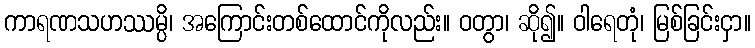
ကာရဏသဟဿမ္ပိ၊ အကြောင်းတစ်ထောင်ကိုလည်း။ ဝတွာ၊ ဆို၍။ ဝါရေတုံ၊ မြစ်ခြင်းငှာ။